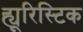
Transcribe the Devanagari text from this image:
ह्यूरिस्टिक